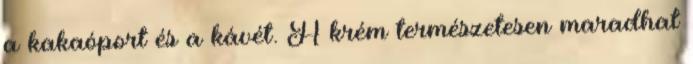
a kakaóport és a kávét. A krém természetesen maradhat